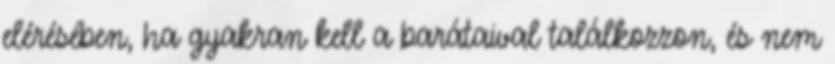
elérésében, ha gyakran kell a barátaival találkozzon, és nem